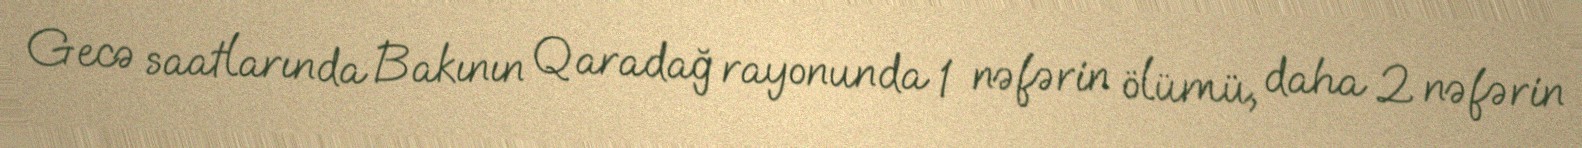
Gecə saatlarında Bakının Qaradağ rayonunda 1 nəfərin ölümü, daha 2 nəfərin